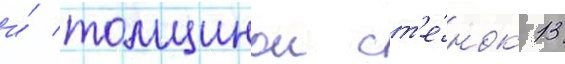
и́ толщинои ст'е́нок 13